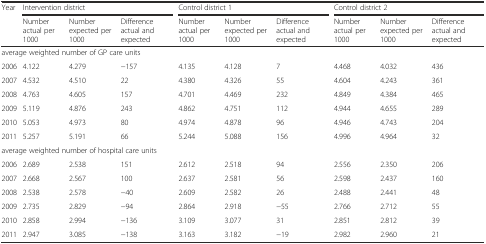
| <ROWSPAN=2> Year | <COLSPAN=3> Intervention district | <COLSPAN=3> Control district 1 | <COLSPAN=3> Control district 2 |
 | Number actual per 1000 | Number expected per 1000 | Difference actual and expected | Number actual per 1000 | Number expected per 1000 | Difference actual and expected | Number actual per 1000 | Number expected per 1000 | Difference actual and expected |
 | --- | --- | --- | --- | --- | --- | --- | --- | --- | --- |
 | <COLSPAN=10> average weighted number of GP care units |
 | 2006 | 4.122 | 4.279 | −157 | 4.135 | 4.128 | 7 | 4.468 | 4.032 | 436 |
 | 2007 | 4.532 | 4.510 | 22 | 4.380 | 4.326 | 55 | 4.604 | 4.243 | 361 |
 | 2008 | 4.763 | 4.605 | 157 | 4.701 | 4.469 | 232 | 4.849 | 4.384 | 465 |
 | 2009 | 5.119 | 4.876 | 243 | 4.862 | 4.751 | 112 | 4.944 | 4.655 | 289 |
 | 2010 | 5.053 | 4.973 | 80 | 4.974 | 4.878 | 96 | 4.946 | 4.743 | 204 |
 | 2011 | 5.257 | 5.191 | 66 | 5.244 | 5.088 | 156 | 4.996 | 4.964 | 32 |
 | <COLSPAN=10> average weighted number of hospital care units |
 | 2006 | 2.689 | 2.538 | 151 | 2.612 | 2.518 | 94 | 2.556 | 2.350 | 206 |
 | 2007 | 2.668 | 2.567 | 100 | 2.637 | 2.581 | 56 | 2.598 | 2.437 | 160 |
 | 2008 | 2.538 | 2.578 | −40 | 2.609 | 2.582 | 26 | 2.488 | 2.441 | 48 |
 | 2009 | 2.735 | 2.829 | −94 | 2.864 | 2.918 | −55 | 2.766 | 2.712 | 55 |
 | 2010 | 2.858 | 2.994 | −136 | 3.109 | 3.077 | 31 | 2.851 | 2.812 | 39 |
 | 2011 | 2.947 | 3.085 | −138 | 3.163 | 3.182 | −19 | 2.982 | 2.960 | 21 |